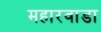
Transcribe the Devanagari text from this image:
महारवाडा